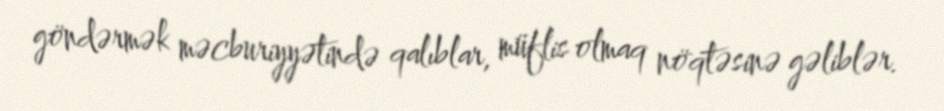
göndərmək məcburiyyətində qalıblar, müflis olmaq nöqtəsinə gəliblər.